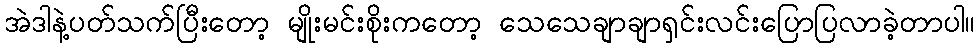
အဲဒါနဲ့ပတ်သက်ပြီးတော့ မျိုးမင်းစိုးကတော့ သေသေချာချာရှင်းလင်းပြောပြလာခဲ့တာပါ။